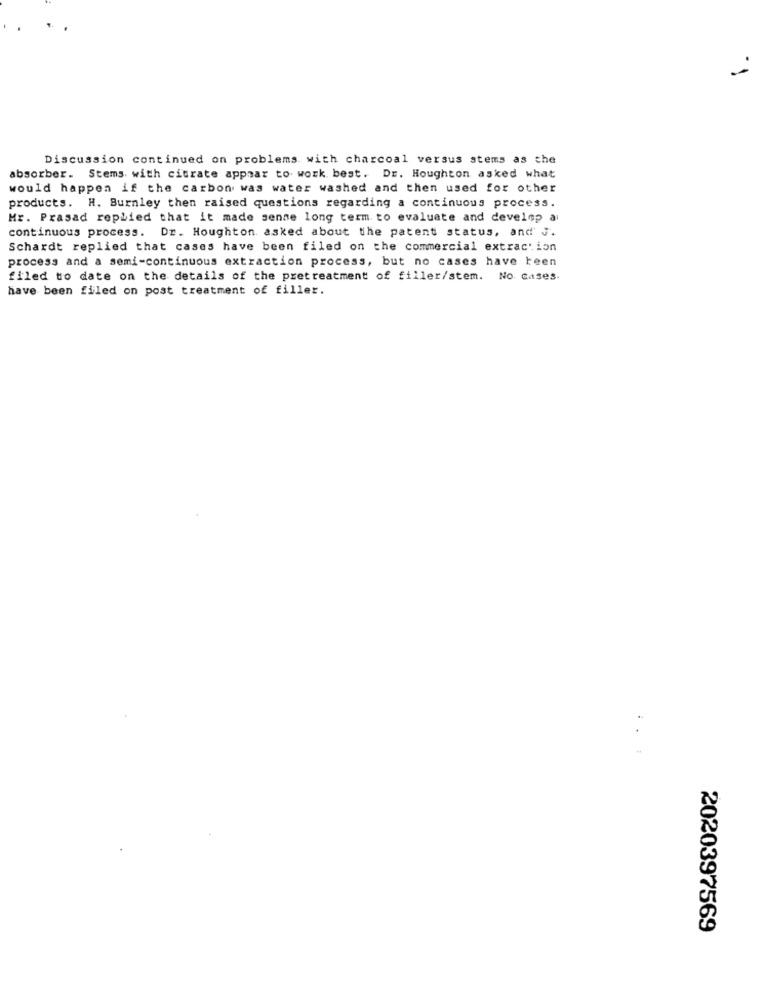
Discussion continued on problems with charcoal versus stems as che
absorber. Stems. with citrate appear to work best. Dr. Houghton asked what
would happen if the carbon was water washed and then used for other
products. H. Burnley then raised questions regarding a continuous process.
Mr. Prasad replied that it made sense long term to evaluate and develop a
continuous process. Dr. Houghton asked about the patent status, and J.
Schardt replied that cases have been filed on the commercial extraction
process and a semi-continuous extraction process, but no cases have keen
filed to date on the details of the pretreatment of filler/stem. No. cases.
have been filed on post treatment of filler.
.. .
2020397569